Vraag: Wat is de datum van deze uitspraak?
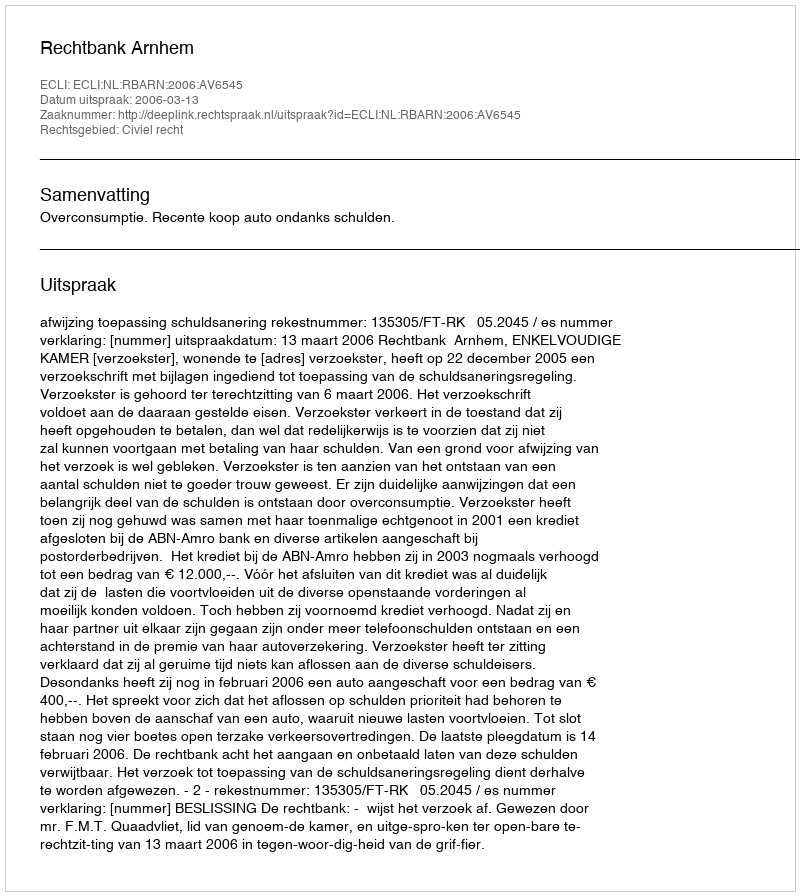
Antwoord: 2006-03-13